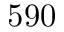
5 9 0